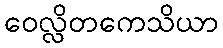
ဝေလ္လိတကေသိယာ